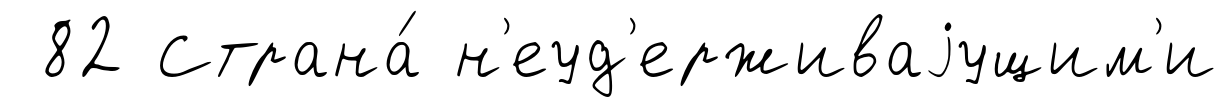
82 Страна́ н'еуд'ерживаjущим'и